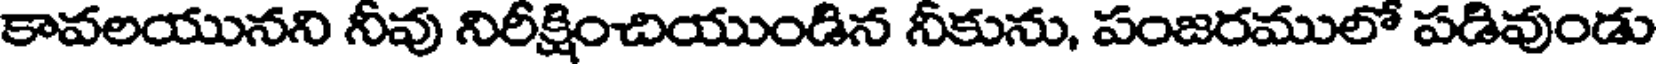
కావలయునని నీవు నిరీక్షించియుండిన నీకును, పంజరములో పడివుండు